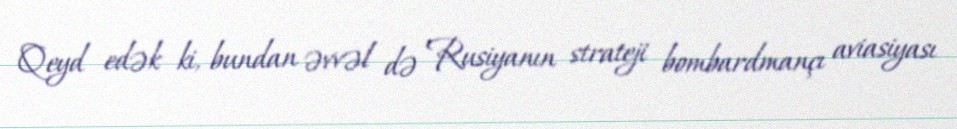
Qeyd edək ki, bundan əvvəl də Rusiyanın strateji bombardmançı aviasiyası